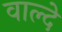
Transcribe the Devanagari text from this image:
वाल्दे